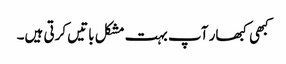
کبھی کبھار آپ بہت مشکل باتیں کرتی ہیں۔